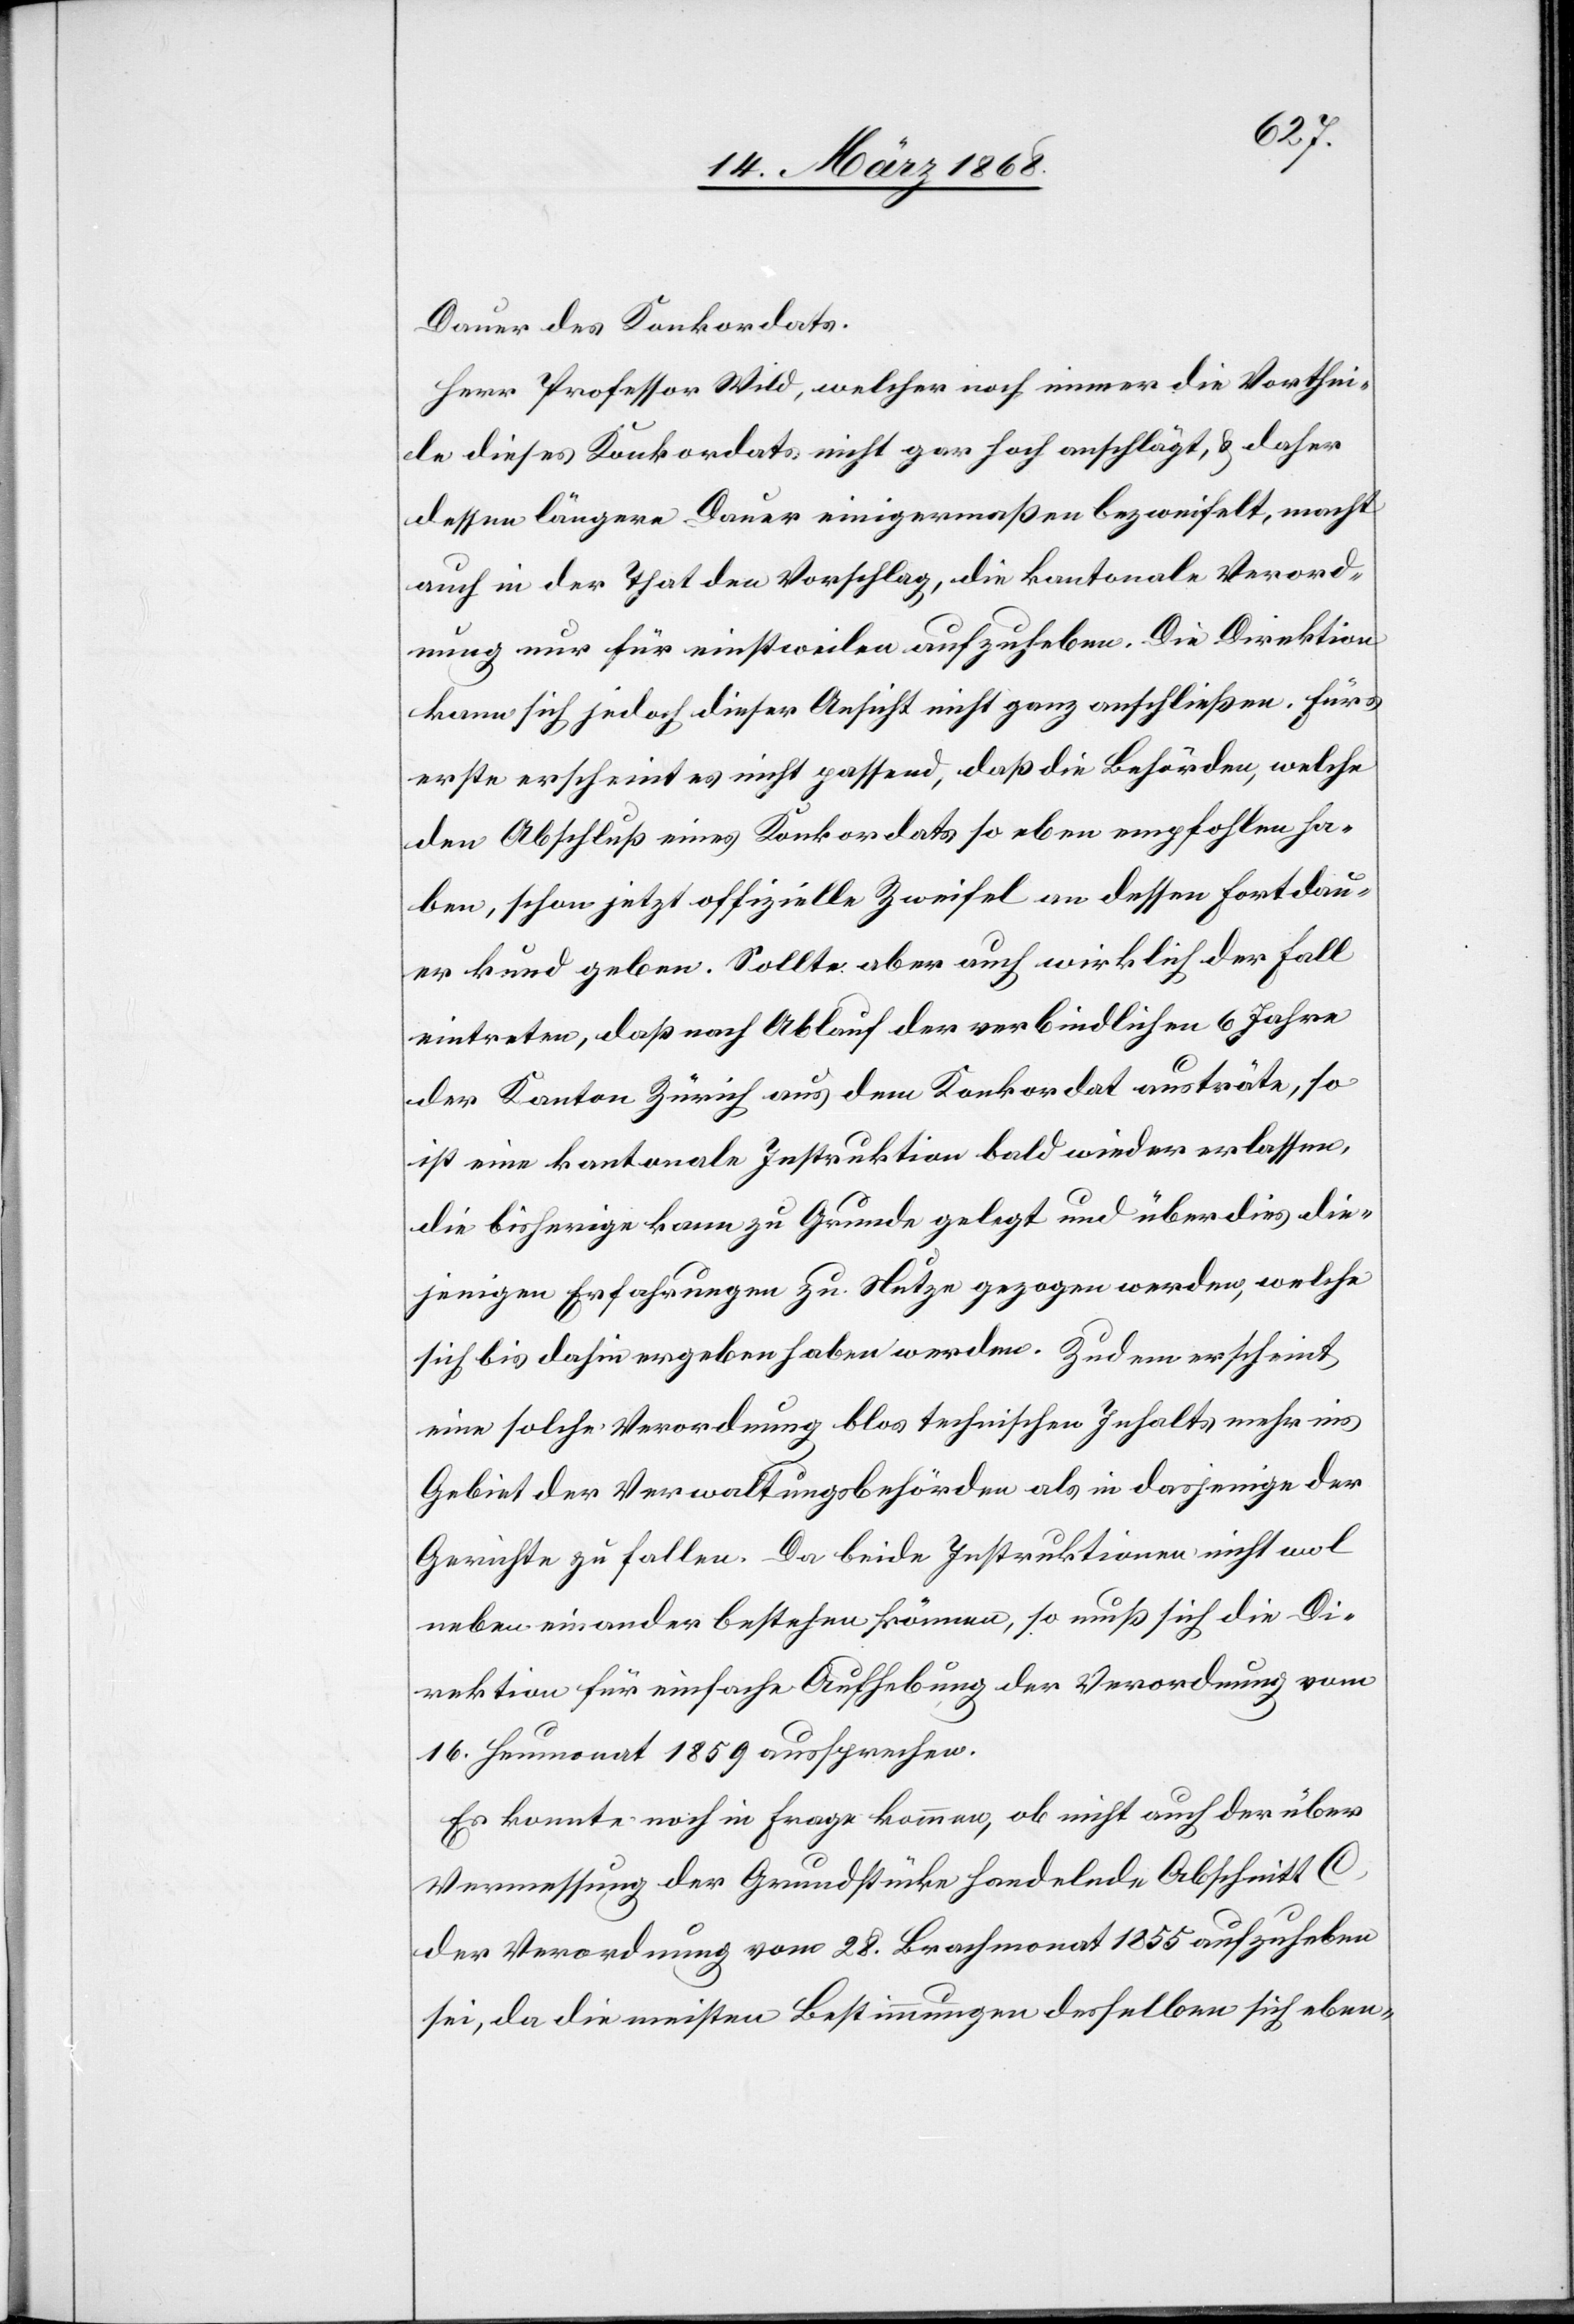
Dauer des Konkordats.
Herr Professor Wild, welcher noch immer die Vorthei¬
le dieses Konkordats nicht gar hoch anschlägt, & daher
dessen längere Dauer einigermaßen bezweifelt, macht
auch in der That den Vorschlag, die kantonale Verord¬
nung nur für einstweilen aufzuheben. Die Direktion
kann sich jedoch dieser Ansicht nicht ganz anschließen. Fürs
erste erscheint es nicht passend, daß die Behörden, welche
den Abschluß eines Konkordats so eben empfohlen ha¬
ben, schon jetzt offizielle Zweifel an dessen Fortdau¬
er kund geben. Sollte aber auch wirklich der Fall
eintreten, daß nach Ablauf der verbindlichen 6 Jahre
der Kanton Zürich aus dem Konkordat austräte, so
ist eine kantonale Instruktion bald wieder erlassen,
die bisherige kann zu Grunde gelegt und überdies die¬
jenigen Erfahrungen zu Nutze gezogen werden, welche
sich bis dahin ergeben haben werden. Zudem erscheint
eine solche Verordnung blos technischen Inhalts mehr ins
Gebiet der Verwaltungsbehörden als in dasjenige der
Gerichte zu fallen. Da beide Instruktionen nicht wol
neben einander bestehen können, so muß sich die Di¬
rektion für einfache Aufhebung der Verordnung vom
16. Heumonat 1859 aussprechen.
Es konnte [sic!] noch in Frage kommen, ob nicht auch der über
Vermessung der Grundstücke handelnde Abschnitt C
der Verordnung vom 28. Brachmonat 1855 aufzuheben
sei, da die meisten Bestimmungen desselben sich eben-